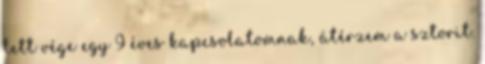
lett vége egy 9 éves kapcsolatomnak, átérzem a sztorit.